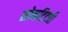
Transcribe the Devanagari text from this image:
सोनटिटवी